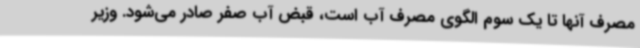
مصرف آنها تا یک سوم الگوی مصرف آب است، قبض آب صفر صادر می‌شود. وزیر